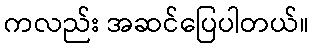
ကလည်း အဆင်ပြေပါတယ်။